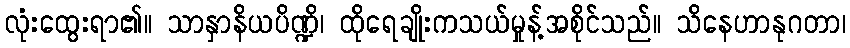
လုံးထွေးရာ၏။ သာနှာနိယပိဏ္ဍိ၊ ထိုရေချိုးကသယ်မှုန့်အစိုင်သည်။ သိနေဟာနုဂတာ၊